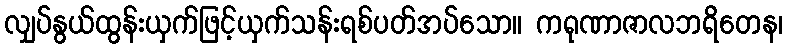
လျှပ်နွယ်ထွန်းယှက်ဖြင့်ယှက်သန်းရစ်ပတ်အပ်သော။ ကရုဏာဇာလဘရိတေန၊